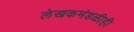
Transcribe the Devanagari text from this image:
लेखकमंडळीही